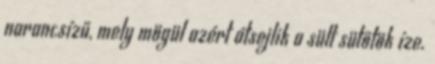
narancsízű, mely mögül azért átsejlik a sült sütőtök íze.